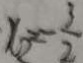
x _ { 2 } = - \frac { 3 } { 2 }